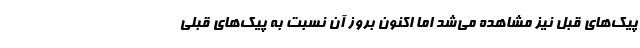
پیک‌های قبل نیز مشاهده می‌شد اما اکنون بروز آن نسبت به پیک‌های قبلی